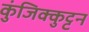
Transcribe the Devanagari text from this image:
कुंजिक्कुट्टन